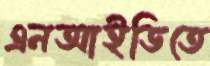
এনআইডিতে